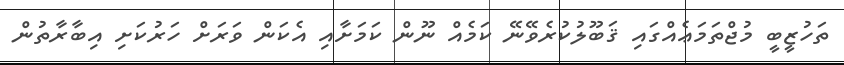
ތަހުޒީބީ މުޖްތަމަޢެއްގައި ޤަބޫލުކުރެވޭނޭ ކަމެއް ނޫން ކަމަށާއި އެކަން ވަރަށް ހަރުކަށި އިބާރާތުން